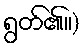
ရွတ်၏။)